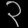
Digit: ၃